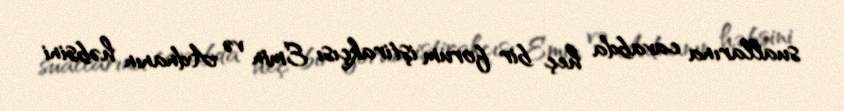
suallarına cavabda heç bir forum iştirakçısı Emin və Adnanın həbsini